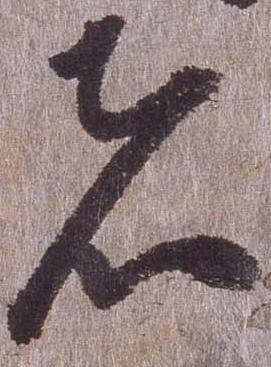
者